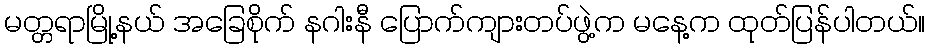
မတ္တရာမြို့နယ် အခြေစိုက် နဂါးနီ ပြောက်ကျားတပ်ဖွဲ့က မနေ့က ထုတ်ပြန်ပါတယ်။